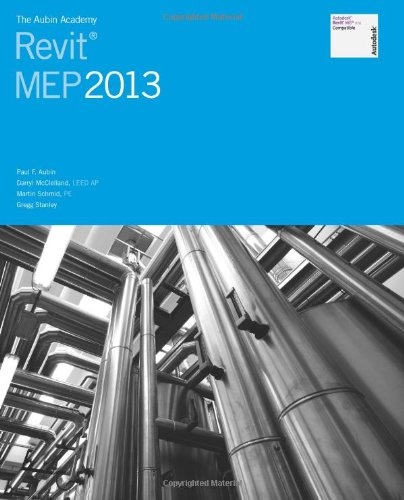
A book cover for The Aubin Academy: Revit MEP 2013 (Aubin Academy Master); Mr. Paul F Aubin; Computers & Technology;